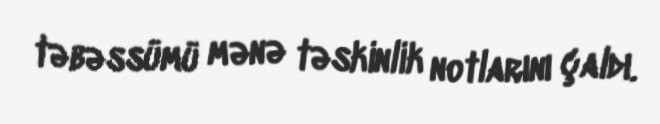
təbəssümü mənə təskinlik notlarını çaldı.